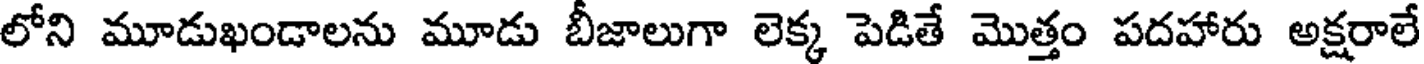
లోని మూడుఖండాలను మూడు బీజాలుగా లెక్క పెడితే మొత్తం పదహారు అక్షరాలే